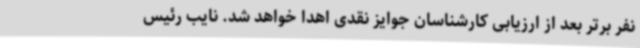
نفر برتر بعد از ارزیابی کارشناسان جوایز نقدی اهدا خواهد شد. نایب رئیس